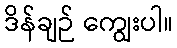
ဒိန်ချဉ် ကျွေးပါ။